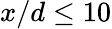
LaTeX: x/d\le 10